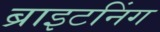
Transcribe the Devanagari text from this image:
ब्राइटनिंग